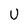
Character: U